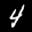
Label: 4